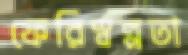
ফেরিস্বল্পতা